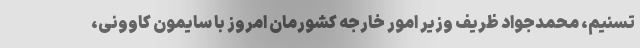
تسنیم، محمدجواد ظریف وزیر امور خارجه کشورمان امروز با سایمون کاوونی،